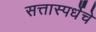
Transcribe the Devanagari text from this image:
सत्तास्पर्धेचे